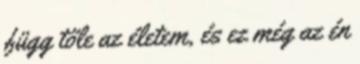
függ tőle az életem, és ez még az én